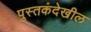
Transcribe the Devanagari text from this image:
पुस्तकंदेखील